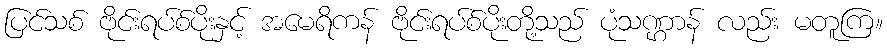
ပြင်သစ် ဗိုင်းရပ်စ်ပိုးနှင့် အမေရိကန် ဗိုင်းရပ်စ်ပိုးတို့သည် ပုံသဏ္ဌာန် လည်း မတူကြ။